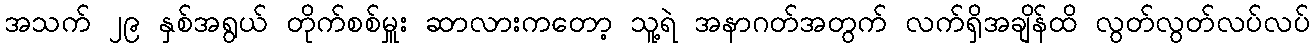
အသက် ၂၉ နှစ်အရွယ် တိုက်စစ်မှူး ဆာလားကတော့ သူ့ရဲ အနာဂတ်အတွက် လက်ရှိအချိန်ထိ လွတ်လွတ်လပ်လပ်